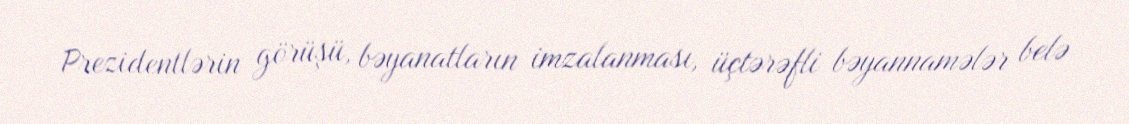
Prezidentlərin görüşü, bəyanatların imzalanması, üçtərəfli bəyannamələr belə